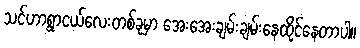
သင်ဟာရွာငယ်လေးတစ်ခုမှာ အေးအေးချမ်းချမ်းနေထိုင်နေတာပါ။